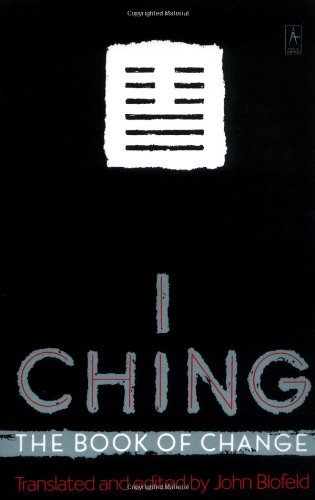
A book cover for I Ching: The Book of Change (Compass); John Blofeld; Religion & Spirituality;